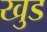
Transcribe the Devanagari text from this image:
खुड